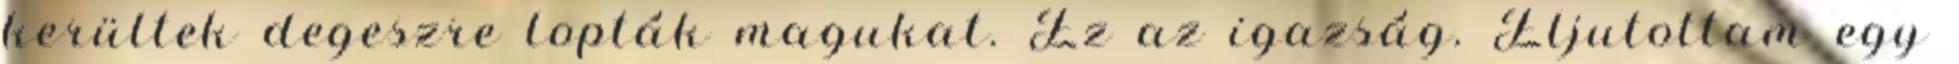
kerültek degeszre lopták magukat. Ez az igazság. Eljutottam egy